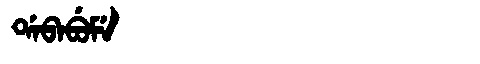
Manchu: ᡩᠠᠪᠠᠪᡠᠮᡝ
Romanization: DABABUME